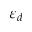
\varepsilon _ { d }